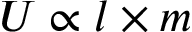
U \propto l \times m